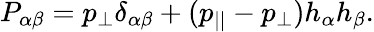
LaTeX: P_{\alpha\beta}=p_{\perp}\delta_{\alpha\beta}+(p_{||}-p_{\perp})h_{\alpha}h_{\beta}.